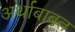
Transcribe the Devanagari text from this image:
अर्थाबाबत